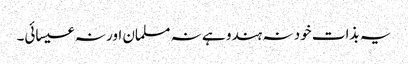
یہ بذات خود نہ ہندو ہے نہ مسلمان اور نہ عیسائی۔